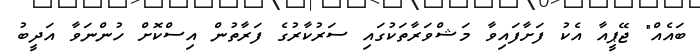
ބައެއް" ޖޭޕީއާ އެކު ފަށާފައިވާ މަޝްވަރާތަކުގައި ސަރުކާރުގެ ފަރާތުން އިސްކޮށް ހުންނަވާ އަދީބު